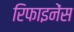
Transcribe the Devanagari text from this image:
रिफाइनेंस